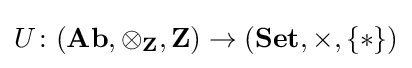
U\colon (\mathbf {Ab} ,\otimes _{\mathbf {Z} },\mathbf {Z} )\rightarrow (\mathbf {Set} ,\times ,\{\ast \})